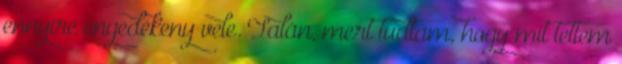
ennyire engedékeny vele. Talán, mert tudtam, hogy mit tettem